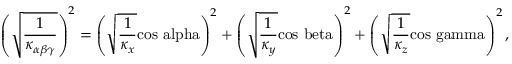
\left( \sqrt { \frac { 1 } { \kappa _ { \alpha \beta \gamma } } } \right) ^ { 2 } = \left( \sqrt { \frac { 1 } { \kappa _ { x } } } \mathrm { c o s \ a l p h a } \right) ^ { 2 } + \left( \sqrt { \frac { 1 } { \kappa _ { y } } } \mathrm { c o s \ b e t a } \right) ^ { 2 } + \left( \sqrt { \frac { 1 } { \kappa _ { z } } } \mathrm { c o s \ g a m m a } \right) ^ { 2 } ,